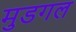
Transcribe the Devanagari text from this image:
मुडगल